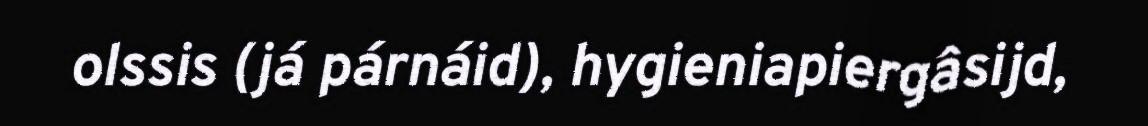
olssis (já párnáid), hygieniapiergâsijd,